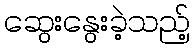
ဆွေးနွေးခဲ့သည့်